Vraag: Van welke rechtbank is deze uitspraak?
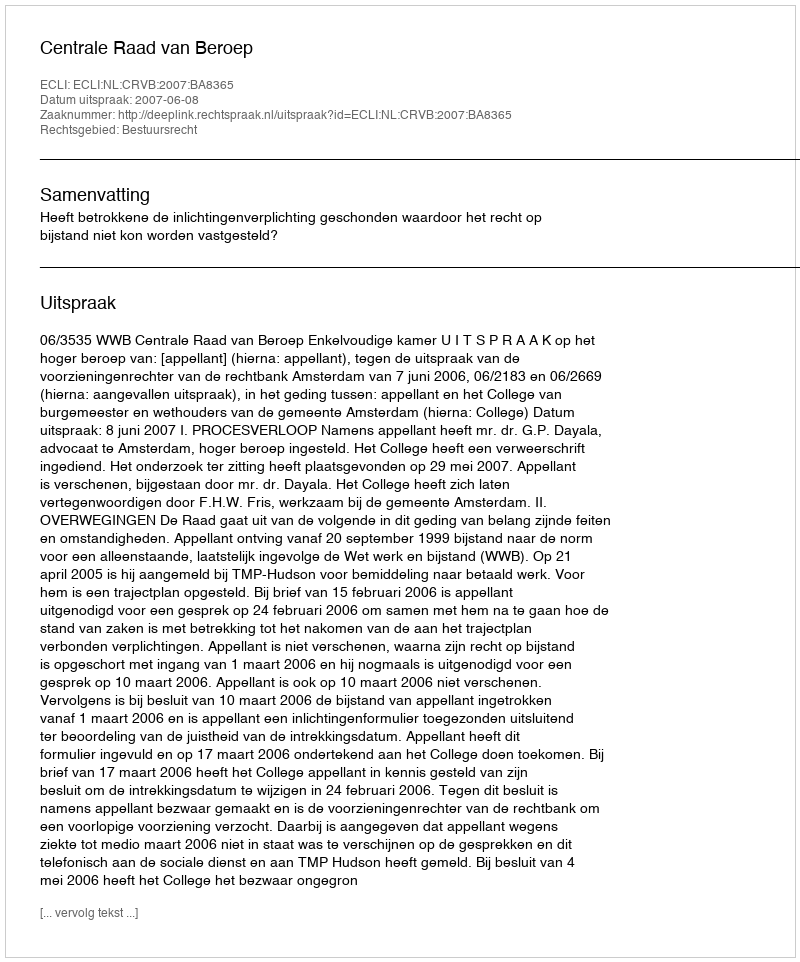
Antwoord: Centrale Raad van Beroep